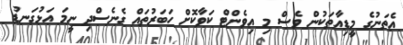
އެތަނުގެ މީޑިއާތަކުން ވެސް މި އިވެންޓް ކަވާކޮށް ހަބަރުތައް ގެނެސްދި ނީމަ އަޅުގަނޑު